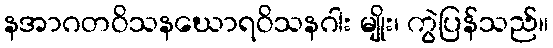
နအာဂတဝိသနဃောရဝိသနဂါး မျိုး၊ ကွဲပြန်သည်။